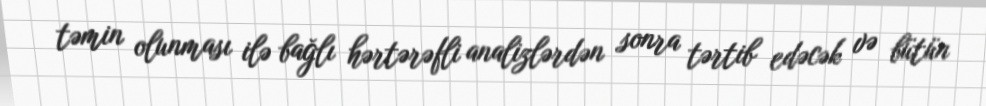
təmin olunması ilə bağlı hərtərəfli analizlərdən sonra tərtib edəcək və bütün